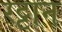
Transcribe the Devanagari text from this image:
रट्टान